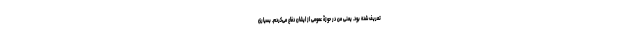
تعریف شده بود. یعنی من در حوزۀ عمومی از ایشان دفاع می‌کردم. بسیاری